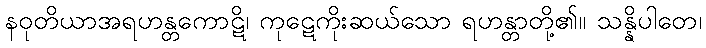
နဝုတိယာအရဟန္တကောဋိ၊ ကုဋေကိုးဆယ်သော ရဟန္တာတို့၏။ သန္နိပါတေ၊